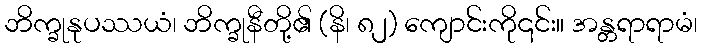
ဘိက္ခုနုပဿယံ၊ ဘိက္ခုနီတို့၏ (နိ၊ ၈၂) ကျောင်းကို၎င်း။ အန္တရာရာမံ၊